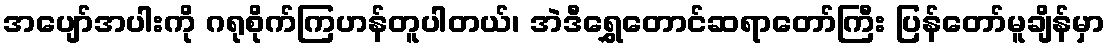
အပျော်အပါးကို ဂရုစိုက်ကြဟန်တူပါတယ်၊ အဲဒီရွှေတောင်ဆရာတော်ကြီး ပြန်တော်မူချိန်မှာ